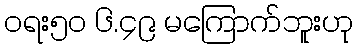
ဝရး၅၀ ၆.၄၉ မကြောက်ဘူးဟု